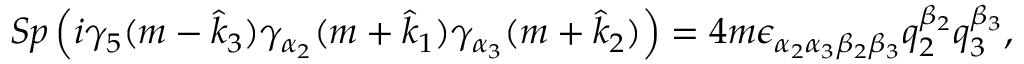
S p \left( { i \gamma _ { 5 } ( m - \hat { k } _ { 3 } ) \gamma _ { \alpha _ { 2 } } ( m + \hat { k } _ { 1 } ) \gamma _ { \alpha _ { 3 } } ( m + \hat { k } _ { 2 } ) } \right) = 4 m \epsilon _ { \alpha _ { 2 } \alpha _ { 3 } \beta _ { 2 } \beta _ { 3 } } q _ { 2 } ^ { \beta _ { 2 } } q _ { 3 } ^ { \beta _ { 3 } } ,